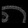
Digit: ၈